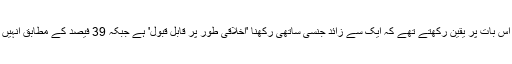
یو گوو کے ایک پول کے مطابق 2015 میں 24 فیصد برطانوی شہری اس بات پر یقین رکھتے تھے کہ ایک سے زائد جنسی ساتھی رکھنا 'اخلاقی طور پر قابل قبول' ہے جبکہ 39 فیصد کے مطابق انہیں نہیں لگتا کہ انسان فطری طور پر ایک جنسی ساتھی رکھنے کا قائل ہے۔